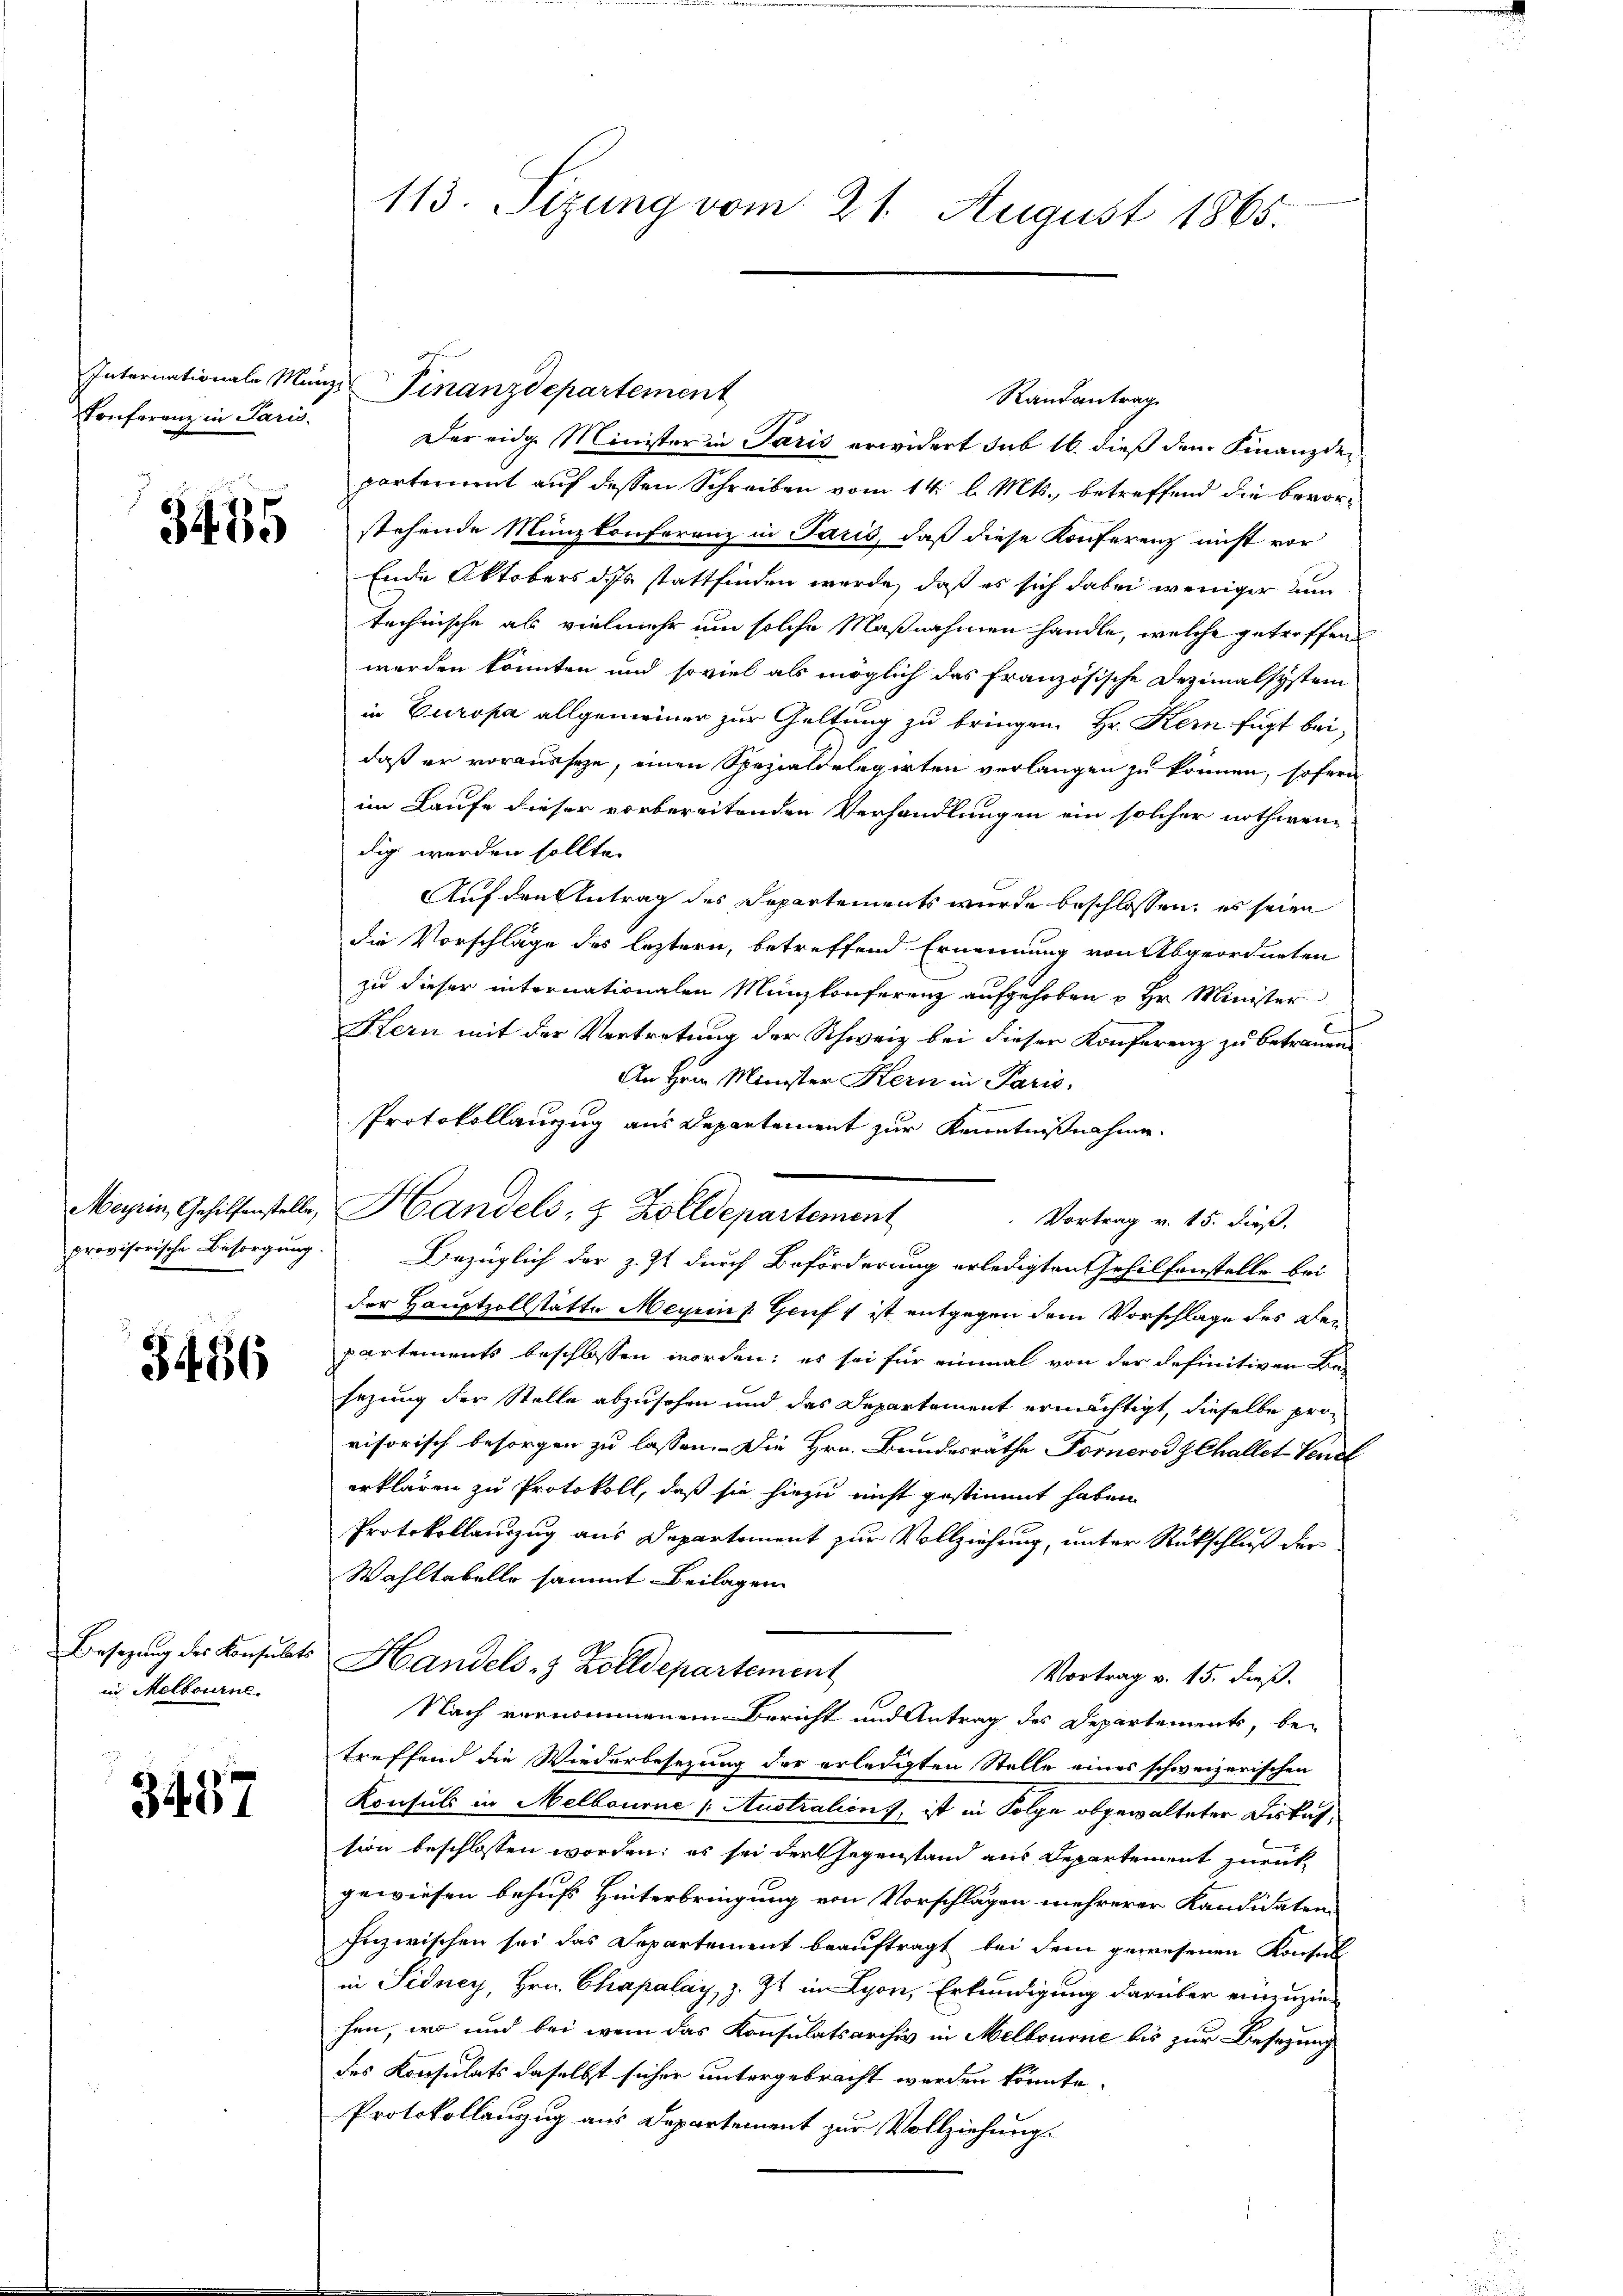
Conferenz in Paris,

3455

3486

in Melbourne

3437

113. Sizung vom 21. August 1865.

Internationale Münze Finanzdepartement

Randantrag
Der eidge Minister in Paris erwidert sub 16. dieß dem Finanzdepartement auf dessen Schreiben vom 14. l. Mts., betreffend die bevorstehende Münzkonferenz in Paris, daß diese Konferenz nicht vor
Ende Oktobers dass stattfinden werde, daß es sich dabei weniger nun
technische als vielmehr um solche Maßnahmen handle, welche getroffend
werden konnten und soviel als möglich das französische Dezimalsystem
in Europa allgemeiner zur Geltung zu bringen. Hr. Kein fügt bei,
daß er vorausseze, einen Spezialdelegirten verlangen zu können, sofern
im Laufe dieser vorbereitenden Verhandlungen ein solcher nothwen-
dig werden sollte.
Auf den Antrag des Departements wurde beschlossen, es seien
die Vorschläge des leztern, betreffend Ernennung von Abgeordneten
zu dieser internationalen Münzkonferenz aufgehoben u Hr. Minister
Hern mit der Vertretung der Schweiz bei dieser Konferenz zu betrauen
An Hrn. Minister Kern in Paris,
Protokollanzug aus Departement zur Kenntnißnahme
Magrin, Gehilfenstelle, Handels- & Zolldepartement
Vortrag v. 15. dieß.
provisorische Besorgung. Bezüglich der z. Zt durch Beförderung erledigten Gehilfenstelle bei
der Hauptzollstätte Meyrins Genf v ist entgegen dem Vorschlage des den
partements beschlossen worden; es sei für einmal von der definitiven Besezung der Stelle abzusehen und das Departement ermächtigt, dieselbe provisorisch besorgen zu lassen. Die Hrn. Bundesräthe Fornerod Challet Vendl
erklären zu Protokoll, daß sie hiezu nicht gestimmt haben
Protokollauszug aus Departement zur Vollziehung, unter Rückschluß der
Wahltabelle sammt Beilagen
Besetzŭng des Konsulats Handels 7 Zolldepartement
Vortrag v. 15. dieß.
Nach vernommenem Bericht und Antrag des Departements, be-
treffend die Wiederbesetzung der erledigten Stelle eines schweizerischen
Konsuls in Melbourne /: Australien), ist in Folge obgewalteter Distatsion beschlossen worden; es sei der Gegenstand aus Departement zurück
gewiesen behufs Hinterbringung von Vorschlägen mehrerer Kandidaten
Inzwischen sei das Departement beauftragt bei dem gewesenen Konsul
in Sidney, Hrn. Chapalay, z. Zt. in Lyon, Erkundigung darüber einzuziehen, wo und bei wenn das Konsulatsarchiv in Melbourne bis zur Besetzung
des Konsulats daselbst sicher untergebracht werden könnte.
Protokollanzug aus Departement zur Vollziehung.